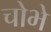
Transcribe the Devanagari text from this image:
चोभे